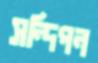
সন্দিপন